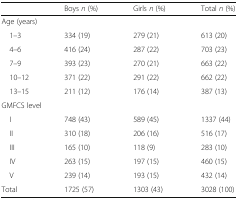
|  | Boys n (%) | Girls n (%) | Total n (%) |
 | --- | --- | --- | --- |
 | <COLSPAN=4> Age (years) |
 | 1–3 | 334 (19) | 279 (21) | 613 (20) |
 | 4–6 | 416 (24) | 287 (22) | 703 (23) |
 | 7–9 | 393 (23) | 270 (21) | 663 (22) |
 | 10–12 | 371 (22) | 291 (22) | 662 (22) |
 | 13–15 | 211 (12) | 176 (14) | 387 (13) |
 | <COLSPAN=4> GMFCS level |
 | I | 748 (43) | 589 (45) | 1337 (44) |
 | II | 310 (18) | 206 (16) | 516 (17) |
 | III | 165 (10) | 118 (9) | 283 (10) |
 | IV | 263 (15) | 197 (15) | 460 (15) |
 | V | 239 (14) | 193 (15) | 432 (14) |
 | Total | 1725 (57) | 1303 (43) | 3028 (100) |